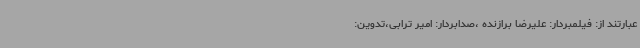
عبارتند از: فیلمبردار: علیرضا برازنده ،صدابردار: امیر ترابی،تدوین: